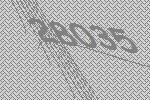
28035